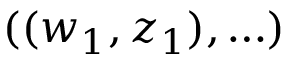
( ( w _ { 1 } , z _ { 1 } ) , \ldots )